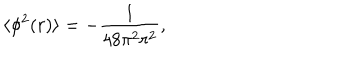
\langle \phi ^ { 2 } ( r ) \rangle = - \frac { 1 } { 4 8 \pi ^ { 2 } r ^ { 2 } } ,